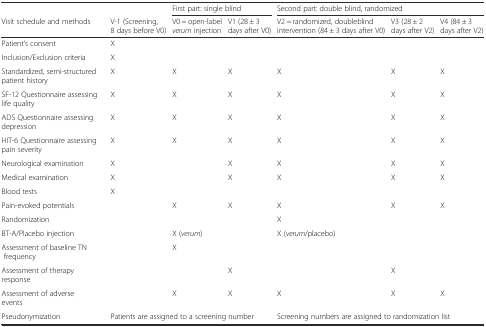
|  |  | <COLSPAN=2> First part: single blind | <COLSPAN=3> Second part: double blind, randomized |
 | Visit schedule and methods | V-1 (Screening, 8 days before V0) | V0 = open-label verum injection | V1 (28 ± 3 days after V0) | V2 = randomized, doubleblind intervention (84 ± 3 days after V0) | V3 (28 ± 2 days after V2) | V4 (84 ± 3 days after V2) |
 | --- | --- | --- | --- | --- | --- | --- |
 | Patient’s consent | X |  |  |  |  |  |
 | Inclusion/Exclusion criteria | X |  |  |  |  |  |
 | Standardized, semi-structured patient history | X | X | X | X | X | X |
 | SF-12 Questionnaire assessing life quality | X | X | X | X | X | X |
 | ADS Questionnaire assessing depression | X | X | X | X | X | X |
 | HIT-6 Questionnaire assessing pain severity | X | X | X | X | X | X |
 | Neurological examination | X |  | X | X | X | X |
 | Medical examination | X |  | X | X | X | X |
 | Blood tests | X |  |  |  |  |  |
 | Pain-evoked potentials |  | X | X | X | X | X |
 | Randomization |  |  |  | X |  |  |
 | BT-A/Placebo injection |  | X (verum) |  | X (verum/placebo) |  |  |
 | Assessment of baseline TN frequency |  | X |  |  |  |  |
 | Assessment of therapy response |  |  | X |  | X |  |
 | Assessment of adverse events |  | X | X | X | X | X |
 | Pseudonymization | <COLSPAN=3> Patients are assigned to a screening number | <COLSPAN=3> Screening numbers are assigned to randomization list |